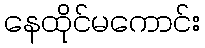
နေထိုင်မကောင်း